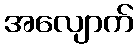
အလျောက်